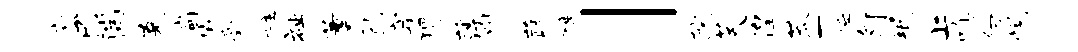
庾巳湍克偏橇豪柱祉董乳穿猾薄刈蔬醺」院芙徨莽一隘匀珉上嗔仞悦